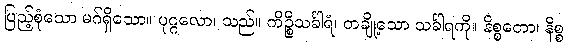
ပြည့်စုံသော မဂ်ရှိသော။ ပုဂ္ဂလော၊ သည်။ ကိဉ္စိသင်္ခါရံ၊ တချို့သော သင်္ခါရကို။ နိစ္စတော၊ နိစ္စ